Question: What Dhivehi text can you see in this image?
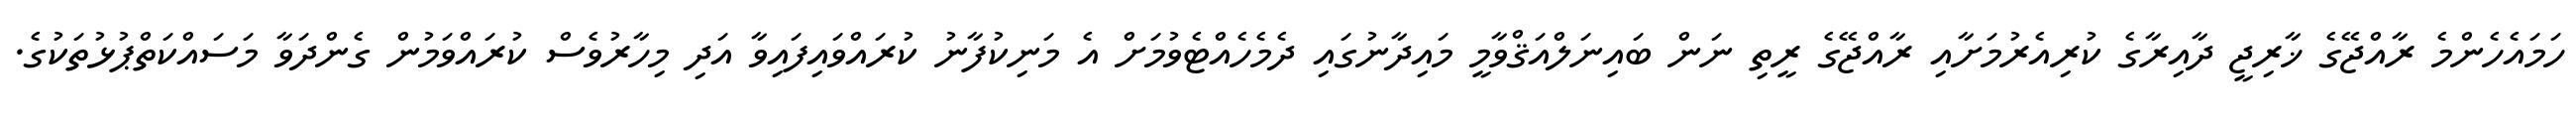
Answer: ހަމައެހެންމެ ރާއްޖޭގެ ޚާރިޖީ ދާއިރާގެ ކުރިއެރުމަށާއި ރާއްޖޭގެ ރީތި ނަން ބައިނަލްއަޤްވާމީ މައިދާނުގައި ދެމެހެއްޓެވުމަށް އެ މަނިކުފާނު ކުރައްވައިފައިވާ އަދި މިހާރުވެސް ކުރައްވަމުން ގެންދަވާ މަސައްކަތްޕުޅުތަކުގެ.